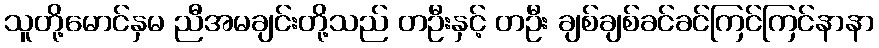
သူတို့မောင်နှမ ညီအမချင်းတို့သည် တဦးနှင့် တဦး ချစ်ချစ်ခင်ခင်ကြင်ကြင်နာနာ